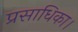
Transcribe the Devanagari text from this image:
प्रसाधिका।